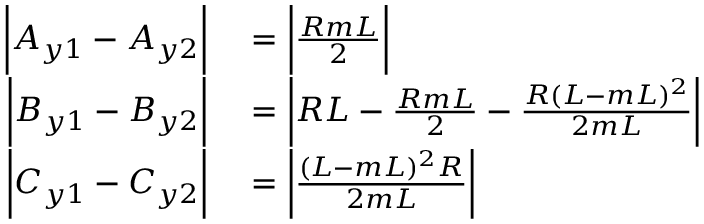
\begin{array} { r l } { \bigg | A _ { y 1 } - A _ { y 2 } \bigg | } & { { } = \bigg | \frac { R m L } { 2 } \bigg | } \\ { \bigg | B _ { y 1 } - B _ { y 2 } \bigg | } & { { } = \bigg | R L - \frac { R m L } { 2 } - \frac { R ( L - m L ) ^ { 2 } } { 2 m L } \bigg | } \\ { \bigg | C _ { y 1 } - C _ { y 2 } \bigg | } & { { } = \bigg | \frac { ( L - m L ) ^ { 2 } R } { 2 m L } \bigg | } \end{array}